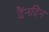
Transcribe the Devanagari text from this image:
दैंनदिन